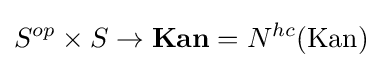
S^{op}\times S\to \mathbf {Kan} =N^{hc}({\textrm {Kan}})